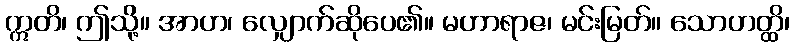
ဣတိ၊ ဤသို့။ အာဟ၊ လျှောက်ဆိုပေ၏။ မဟာရာဇ၊ မင်းမြတ်။ သောဟတ္ထိ၊